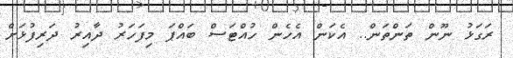
ރަގަޅު ނޫން ތަންތަން.. އެކަން އެހެން ހުއްޓަސް ބައްޕަ މިފަހަރު ދާއިރު ދަރިފުޅަށް